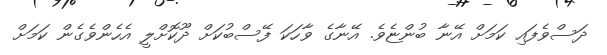
ދަސްވެފައި ކަމަށް އޭނާ ބުންޏެވެ. އޭނާގެ ވާހަކަ ފޭސްބުކަށް ދޫކޮށްލީ އެހެންވެގެން ކަމަށް